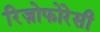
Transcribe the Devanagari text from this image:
रिज़ोफोरेसी